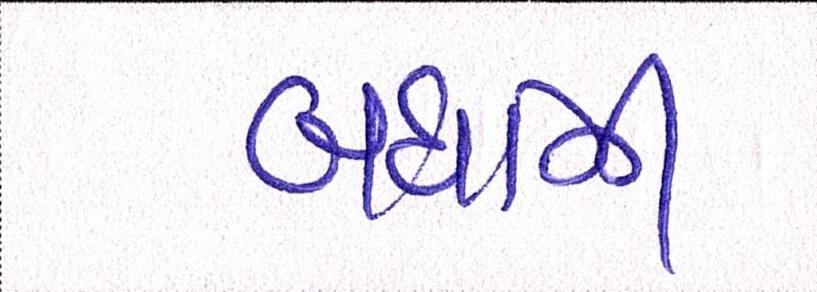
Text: બધાંની